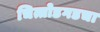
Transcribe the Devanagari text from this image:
चित्तोडगडचा